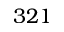
3 2 1